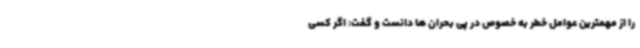
را از مهمترین عوامل خطر به خصوص در پی بحران ها دانست و گفت: اگر کسی